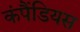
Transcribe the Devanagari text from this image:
कंपैंडियस